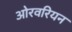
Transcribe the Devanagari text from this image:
ओरवरियन